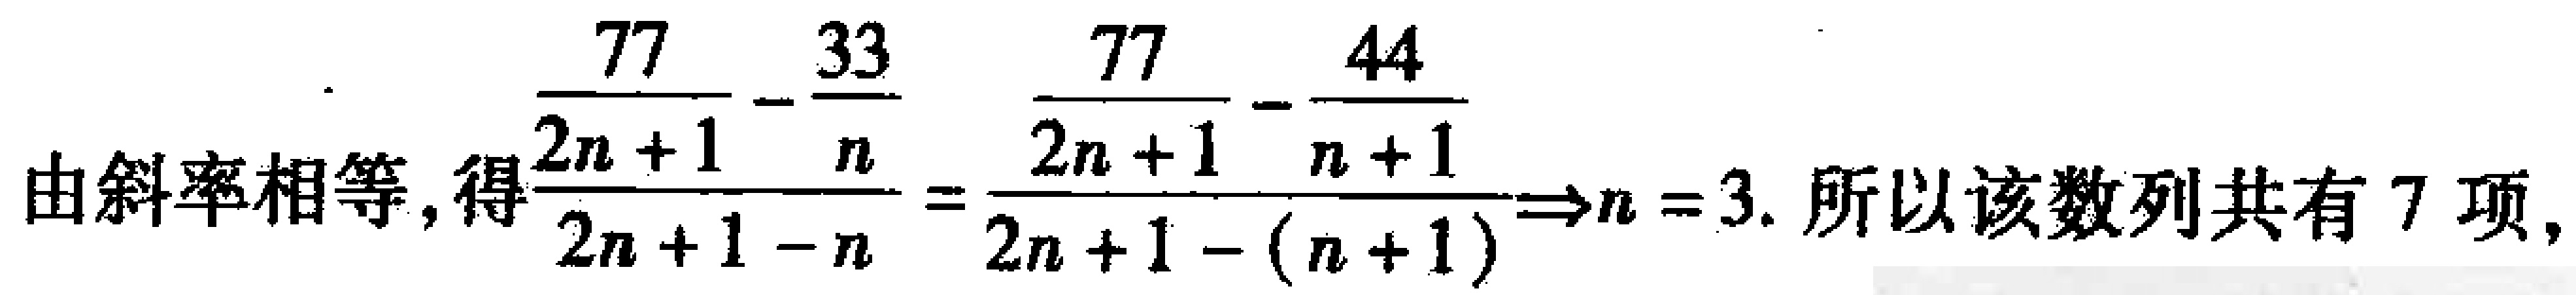
由斜率相等, 得$\frac{\frac{77}{2n + 1}-\frac{33}{n}}{2n + 1 - n}=\frac{\frac{77}{2n + 1}-\frac{44}{n + 1}}{2n + 1 - (n + 1)}\Rightarrow n = 3$. 所以该数列共有$7$项.